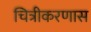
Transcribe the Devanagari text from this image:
चित्रीकरणास